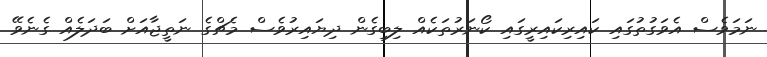
ނަމަވެސް އެވަގުތުގައި ކައިރިކައިރީގައި ކޯނަރުތަކެއް ލިބިގެން ދިޔައިރުވެސް މެޗްގެ ނަތީޖާއަށް ބަދަލެއް ގެނެވޭ